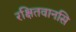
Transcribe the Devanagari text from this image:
रक्षितवानसि